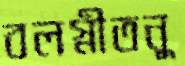
বলস্নীতনু